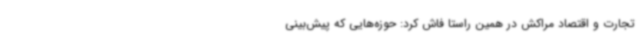
تجارت و اقتصاد مراکش در همین راستا فاش کرد: حوزه‌هایی که پیش‌بینی